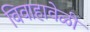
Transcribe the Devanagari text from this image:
विवाहावेळी